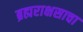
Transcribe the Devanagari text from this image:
ब्रह्मराक्षसाचा